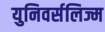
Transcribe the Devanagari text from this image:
युनिवर्सलिज्म